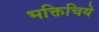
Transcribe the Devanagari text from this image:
भक्तिचिये